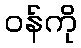
ဝန်ကို